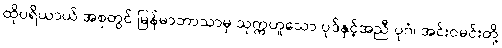
ထိုပရိယာယ် အစုတွင် မြန်မာဘာသာမှ သုက္ကဟူသော ပုဒ်နှင့်အညီ ပုဂံ၊ အင်းဝမင်းတို့